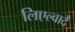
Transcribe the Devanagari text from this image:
लिएल्वार्दे